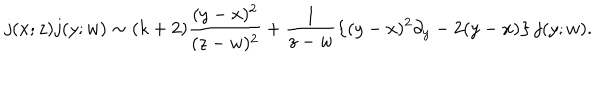
j ( x ; z ) j ( y ; w ) \sim ( k + 2 ) \frac { ( y - x ) ^ { 2 } } { ( z - w ) ^ { 2 } } + \frac { 1 } { z - w } \left\{ ( y - x ) ^ { 2 } \partial _ { y } - 2 ( y - x ) \right\} j ( y ; w ) .